Problem: 5 × 6 = ?
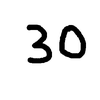
Handwritten answer: 30